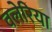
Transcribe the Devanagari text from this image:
वलेरिया